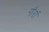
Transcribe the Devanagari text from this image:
गौरां